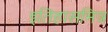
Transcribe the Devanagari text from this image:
इतिहासमित्र